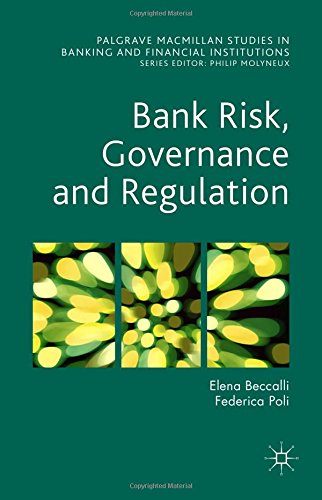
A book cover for Bank Risk, Governance and Regulation (Palgrave Macmillan Studies in Banking and Financial Institutions); Elena Beccalli; Business & Money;